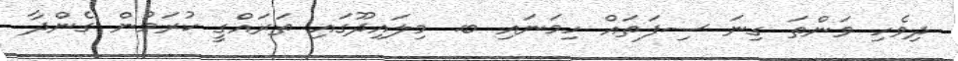
ދިވެހި ވަންތަ ގިނަ ސިފަތައް ހިމަނައި ބ. މިލައިދޫގައި ތަރައްގީ ކުރަމުން ގެންދާ